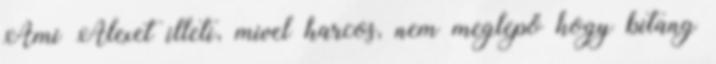
Ami Alexet illeti, mivel harcos, nem meglepő hogy bitang